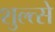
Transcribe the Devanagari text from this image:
शुल्त्से